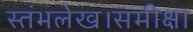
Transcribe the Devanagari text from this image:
स्तंभलेख।समीक्षा